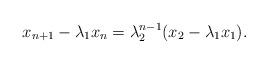
LaTeX: \begin{align*}x_{n+1} -\lambda_1x_n=\lambda_2^{n-1}(x_2 -\lambda_1x_1).\end{align*}